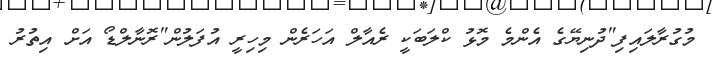
މުގުރާލައިފި"ދުނިޔޭގެ އެންމެ މޮޅު ކްލަބަކީ ރެއާލް އަހަރެން މިހިރީ އުފަލުން"ރޮނާލްޑޯ އަށް އިތުރު